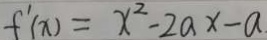
f ^ { \prime } ( x ) = x ^ { 2 } - 2 a x - a